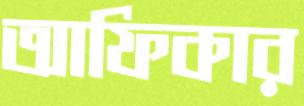
আফিকার